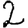
Digit: 2